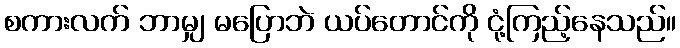
စကားလက် ဘာမျှ မပြောဘဲ ယပ်တောင်ကို ငုံ့ကြည့်နေသည်။